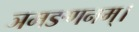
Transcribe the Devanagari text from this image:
ञमङणनम्।